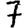
Digit: 7